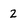
Character: 2